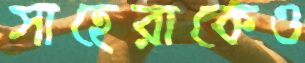
সাহেরাকেও